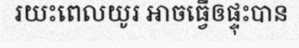
រយះពេលយូរ អាចធ្វើឲផ្ទុះបាន